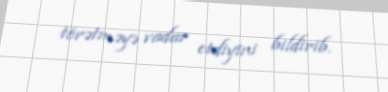
törətməyə vadar etdiyini bildirib.